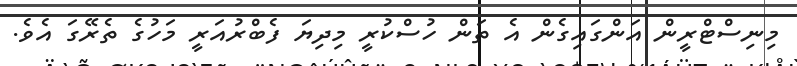
މިނިސްޓްރީން އަންގައިގެން އެ ތަން ހުސްކުރީ މިދިޔަ ފެބްރުއަރީ މަހުގެ ތެރޭގަ އެވެ.